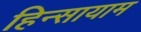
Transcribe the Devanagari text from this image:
हिन्सायाम